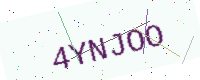
Text: 4YNJOO